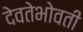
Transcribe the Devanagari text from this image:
देवतेभोवती